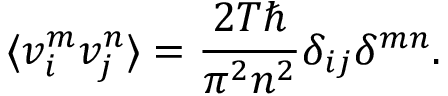
\langle v _ { i } ^ { m } v _ { j } ^ { n } \rangle = \frac { 2 T \hbar } { \pi ^ { 2 } n ^ { 2 } } \delta _ { i j } \delta ^ { m n } .